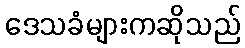
ဒေသခံများကဆိုသည်